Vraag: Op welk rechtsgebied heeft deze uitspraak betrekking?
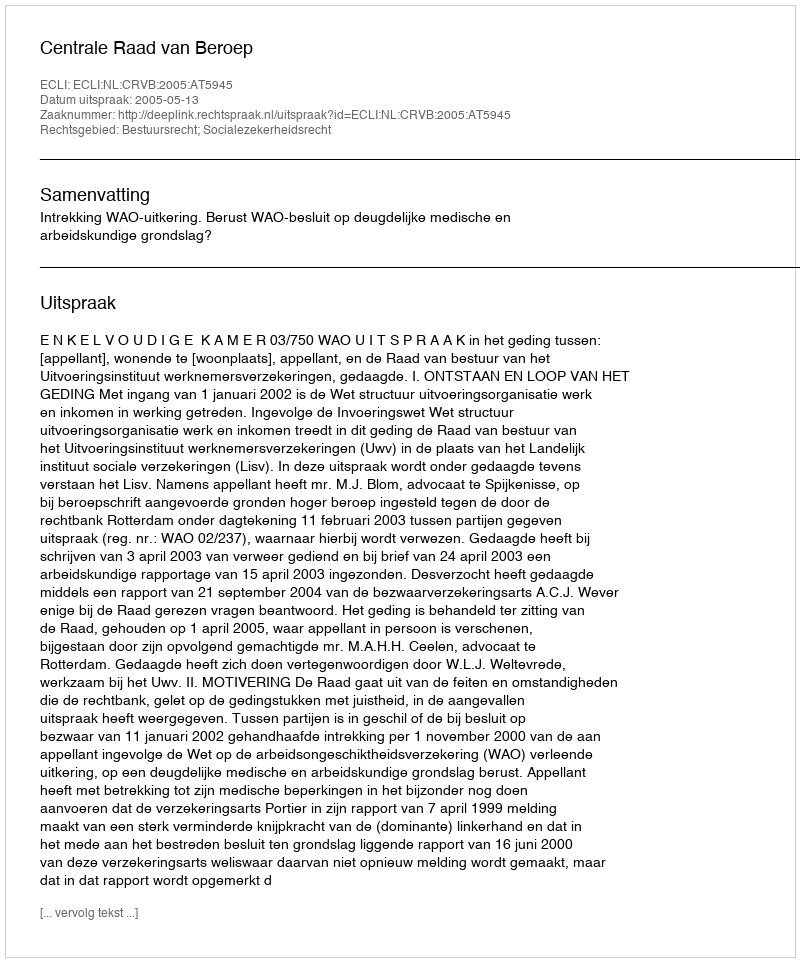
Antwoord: Bestuursrecht; Socialezekerheidsrecht